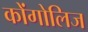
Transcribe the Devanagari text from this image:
कोंगोलिज